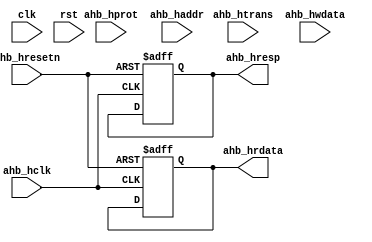
module timing_controller (
    input wire clk,
    input wire rst,
    input wire ahb_hclk,
    input wire ahb_hresetn,
    input wire [3:0] ahb_htrans,
    input wire [1:0] ahb_hprot,
    input wire [31:0] ahb_haddr,
    input wire [31:0] ahb_hwdata,
    output reg [31:0] ahb_hrdata,
    output reg [1:0] ahb_hresp
);

// Clock generation and synchronization logic
reg clk_sync;
always @ (posedge clk or negedge rst) begin
    if (~rst) begin
        clk_sync <= 1'b0;
    end else begin
        clk_sync <= ~clk_sync;
    end
end

// Data transfer logic
always @ (posedge ahb_hclk or negedge ahb_hresetn) begin
    if (~ahb_hresetn) begin
        ahb_hrdata <= 32'h00000000;
        ahb_hresp <= 2'b00;
    end else begin
        case (ahb_htrans)
            2'b01: begin // HWRITE
                // Write data to address specified by ahb_haddr
                // Implement error checking and correction mechanisms
                // Update response (ahb_hresp) based on successful or failed data transfer
            end
            2'b10: begin // HREAD
                // Read data from address specified by ahb_haddr
                // Update response (ahb_hresp) based on successful or failed data transfer
            end
            default: begin // IDLE
                // Do nothing
            end
        endcase
    end
end

// Bus arbitration and prioritization logic
// Implement logic for managing bus arbitration and prioritization

endmodule